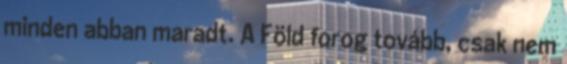
minden abban maradt. A Föld forog tovább, csak nem